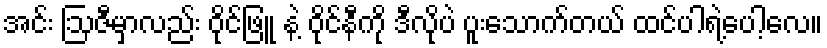
အင်း ဩဇီမှာလည်း ဝိုင်ဖြူ နဲ့ ဝိုင်နီကို ဒီလိုပဲ ပူးသောက်တယ် ထင်ပါရဲ့ပေါ့လေ။